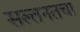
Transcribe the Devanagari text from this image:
सल्तनतचा